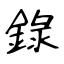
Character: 錄